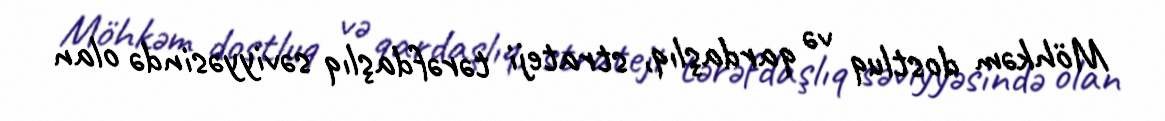
Möhkəm dostluq və qardaşlıq, strateji tərəfdaşlıq səviyyəsində olan